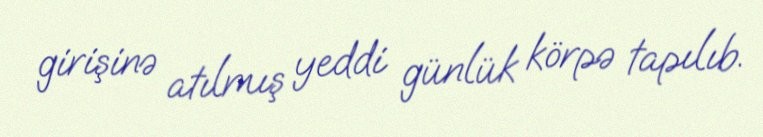
girişinə atılmış yeddi günlük körpə tapılıb.